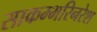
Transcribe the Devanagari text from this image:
साकम्भरिनरेश